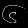
Digit: ၆